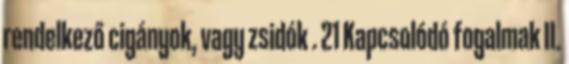
rendelkező cigányok, vagy zsidók . 21 Kapcsolódó fogalmak II.